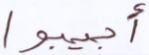
أجيبوا